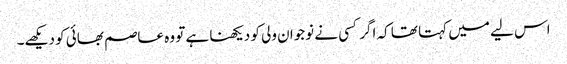
اس لیے میں کہتا تھا کہ اگر کسی نے نوجوان ولی کو دیکھنا ہے تو وہ عاصم بھائی کو دیکھے۔